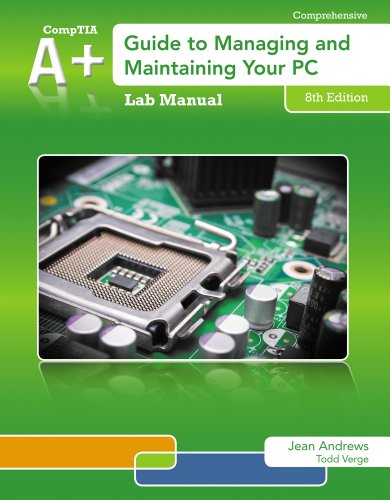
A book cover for Lab Manual for Andrews' A+ Guide to Managing & Maintaining Your PC, 8th; Jean Andrews; Computers & Technology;